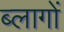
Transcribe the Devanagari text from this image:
ब्लागों